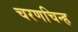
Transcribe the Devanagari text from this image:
चरणचिन्ह